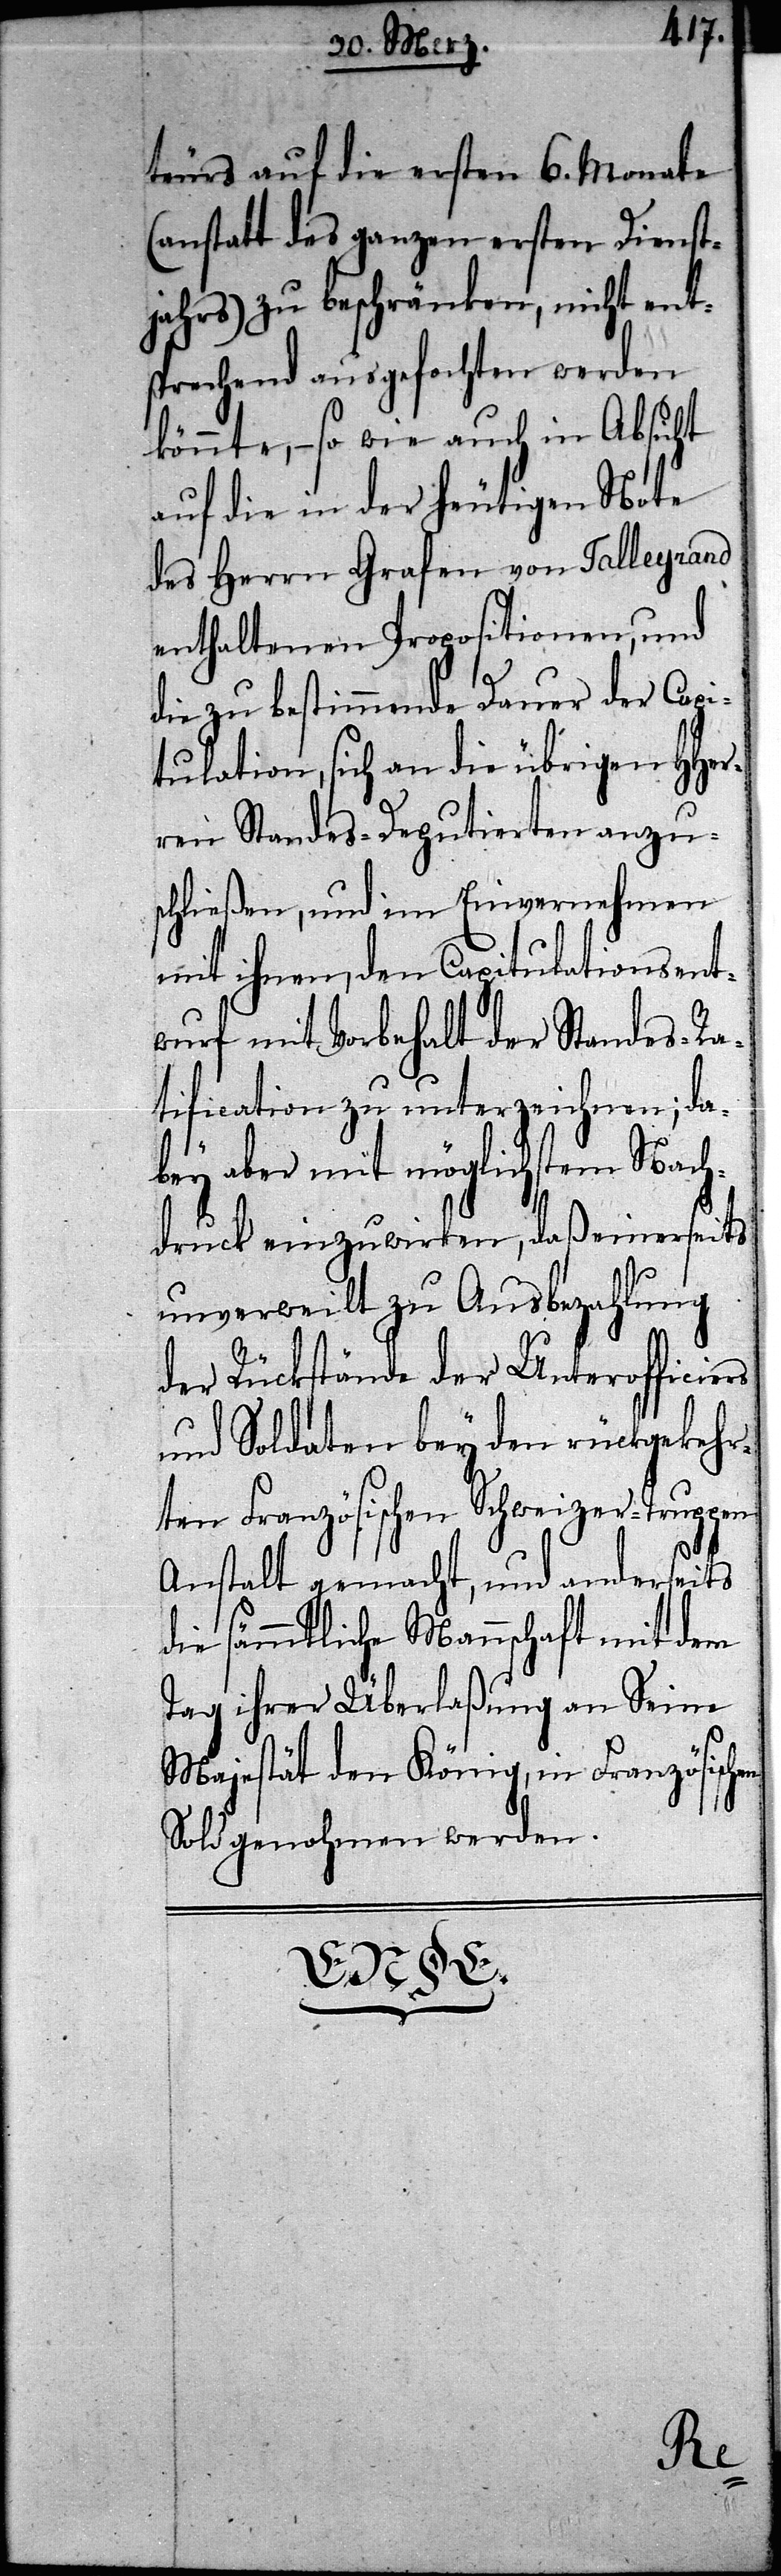
teurs auf die ersten 6. Monate
(anstatt des ganzen ersten Dienst¬
jahrs) zu beschränken, nicht ent¬
sprechend ausgefochten werden
könnte, – so wie auch in Absicht
auf die in der heutigen Note
des Herrn Grafen von Talleyrand
enthaltenen Propositionen, und
die zu bestimmende Dauer der Capi¬
tulation, sich an die übrigen HHer¬
ren Standes-Deputierten anzu¬
schließen, und im Einvernehmen
mit ihnen, den Capitulationsent¬
wurf mit Vorbehalt der Standes-Ra¬
tification zu unterzeichnen; da¬
bey aber mit möglichstem Nach¬
druck einzuwirken, daß einerseits
unverweilt zu Ausbezahlung
der Rückstände der Unterofficiers
und Soldaten bey den rückgekeh¬
rten Französischen Schweizer-Truppen
Anstalt gemacht, und anderseits
die sämmtliche Mannschaft mit dem
Tag ihrer Überlaßung an Seine
Majestät den König, in Französisch¬
Sold genohmen werden.
en